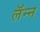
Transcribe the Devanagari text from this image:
लॅन्न